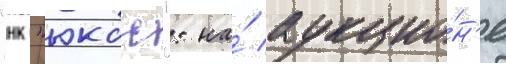
"нк "юкос": на́ аукцио́н'е